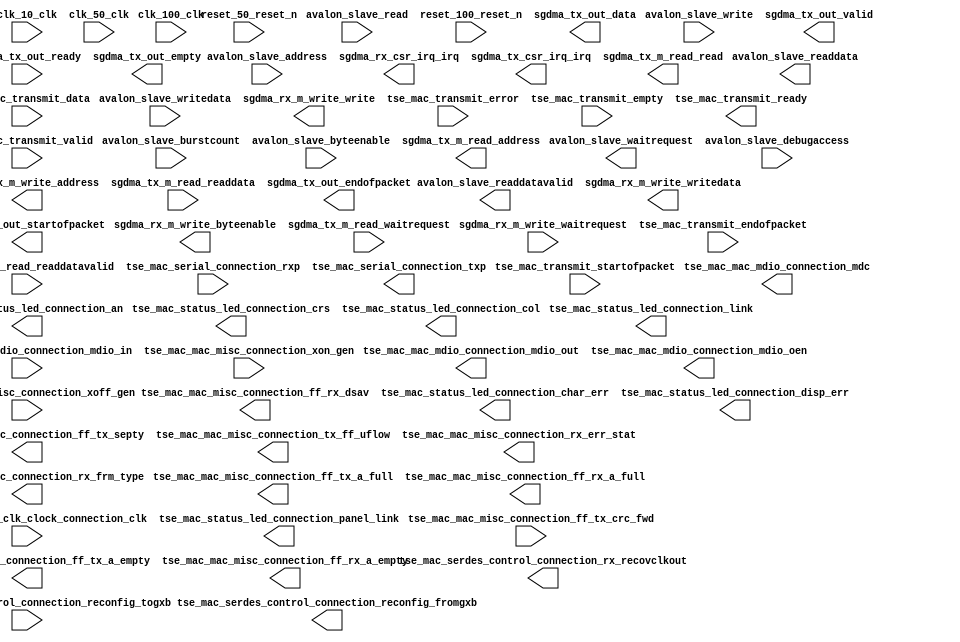

module tse_w_sgdma_simple_2_intercon_reduced_fifos (
	avalon_slave_waitrequest,
	avalon_slave_readdata,
	avalon_slave_readdatavalid,
	avalon_slave_burstcount,
	avalon_slave_writedata,
	avalon_slave_address,
	avalon_slave_write,
	avalon_slave_read,
	avalon_slave_byteenable,
	avalon_slave_debugaccess,
	clk_10_clk,
	clk_100_clk,
	clk_50_clk,
	reset_100_reset_n,
	reset_50_reset_n,
	sgdma_rx_csr_irq_irq,
	sgdma_rx_m_write_waitrequest,
	sgdma_rx_m_write_address,
	sgdma_rx_m_write_write,
	sgdma_rx_m_write_writedata,
	sgdma_rx_m_write_byteenable,
	sgdma_tx_csr_irq_irq,
	sgdma_tx_m_read_readdata,
	sgdma_tx_m_read_readdatavalid,
	sgdma_tx_m_read_waitrequest,
	sgdma_tx_m_read_address,
	sgdma_tx_m_read_read,
	sgdma_tx_out_data,
	sgdma_tx_out_valid,
	sgdma_tx_out_ready,
	sgdma_tx_out_endofpacket,
	sgdma_tx_out_startofpacket,
	sgdma_tx_out_empty,
	tse_mac_mac_mdio_connection_mdc,
	tse_mac_mac_mdio_connection_mdio_in,
	tse_mac_mac_mdio_connection_mdio_out,
	tse_mac_mac_mdio_connection_mdio_oen,
	tse_mac_mac_misc_connection_xon_gen,
	tse_mac_mac_misc_connection_xoff_gen,
	tse_mac_mac_misc_connection_ff_tx_crc_fwd,
	tse_mac_mac_misc_connection_ff_tx_septy,
	tse_mac_mac_misc_connection_tx_ff_uflow,
	tse_mac_mac_misc_connection_ff_tx_a_full,
	tse_mac_mac_misc_connection_ff_tx_a_empty,
	tse_mac_mac_misc_connection_rx_err_stat,
	tse_mac_mac_misc_connection_rx_frm_type,
	tse_mac_mac_misc_connection_ff_rx_dsav,
	tse_mac_mac_misc_connection_ff_rx_a_full,
	tse_mac_mac_misc_connection_ff_rx_a_empty,
	tse_mac_pcs_ref_clk_clock_connection_clk,
	tse_mac_serdes_control_connection_rx_recovclkout,
	tse_mac_serdes_control_connection_reconfig_togxb,
	tse_mac_serdes_control_connection_reconfig_fromgxb,
	tse_mac_serial_connection_rxp,
	tse_mac_serial_connection_txp,
	tse_mac_status_led_connection_crs,
	tse_mac_status_led_connection_link,
	tse_mac_status_led_connection_panel_link,
	tse_mac_status_led_connection_col,
	tse_mac_status_led_connection_an,
	tse_mac_status_led_connection_char_err,
	tse_mac_status_led_connection_disp_err,
	tse_mac_transmit_data,
	tse_mac_transmit_endofpacket,
	tse_mac_transmit_error,
	tse_mac_transmit_empty,
	tse_mac_transmit_ready,
	tse_mac_transmit_startofpacket,
	tse_mac_transmit_valid);	

	output		avalon_slave_waitrequest;
	output	[31:0]	avalon_slave_readdata;
	output		avalon_slave_readdatavalid;
	input	[2:0]	avalon_slave_burstcount;
	input	[31:0]	avalon_slave_writedata;
	input	[12:0]	avalon_slave_address;
	input		avalon_slave_write;
	input		avalon_slave_read;
	input	[3:0]	avalon_slave_byteenable;
	input		avalon_slave_debugaccess;
	input		clk_10_clk;
	input		clk_100_clk;
	input		clk_50_clk;
	input		reset_100_reset_n;
	input		reset_50_reset_n;
	output		sgdma_rx_csr_irq_irq;
	input		sgdma_rx_m_write_waitrequest;
	output	[31:0]	sgdma_rx_m_write_address;
	output		sgdma_rx_m_write_write;
	output	[31:0]	sgdma_rx_m_write_writedata;
	output	[3:0]	sgdma_rx_m_write_byteenable;
	output		sgdma_tx_csr_irq_irq;
	input	[31:0]	sgdma_tx_m_read_readdata;
	input		sgdma_tx_m_read_readdatavalid;
	input		sgdma_tx_m_read_waitrequest;
	output	[31:0]	sgdma_tx_m_read_address;
	output		sgdma_tx_m_read_read;
	output	[31:0]	sgdma_tx_out_data;
	output		sgdma_tx_out_valid;
	input		sgdma_tx_out_ready;
	output		sgdma_tx_out_endofpacket;
	output		sgdma_tx_out_startofpacket;
	output	[1:0]	sgdma_tx_out_empty;
	output		tse_mac_mac_mdio_connection_mdc;
	input		tse_mac_mac_mdio_connection_mdio_in;
	output		tse_mac_mac_mdio_connection_mdio_out;
	output		tse_mac_mac_mdio_connection_mdio_oen;
	input		tse_mac_mac_misc_connection_xon_gen;
	input		tse_mac_mac_misc_connection_xoff_gen;
	input		tse_mac_mac_misc_connection_ff_tx_crc_fwd;
	output		tse_mac_mac_misc_connection_ff_tx_septy;
	output		tse_mac_mac_misc_connection_tx_ff_uflow;
	output		tse_mac_mac_misc_connection_ff_tx_a_full;
	output		tse_mac_mac_misc_connection_ff_tx_a_empty;
	output	[17:0]	tse_mac_mac_misc_connection_rx_err_stat;
	output	[3:0]	tse_mac_mac_misc_connection_rx_frm_type;
	output		tse_mac_mac_misc_connection_ff_rx_dsav;
	output		tse_mac_mac_misc_connection_ff_rx_a_full;
	output		tse_mac_mac_misc_connection_ff_rx_a_empty;
	input		tse_mac_pcs_ref_clk_clock_connection_clk;
	output		tse_mac_serdes_control_connection_rx_recovclkout;
	input	[139:0]	tse_mac_serdes_control_connection_reconfig_togxb;
	output	[91:0]	tse_mac_serdes_control_connection_reconfig_fromgxb;
	input		tse_mac_serial_connection_rxp;
	output		tse_mac_serial_connection_txp;
	output		tse_mac_status_led_connection_crs;
	output		tse_mac_status_led_connection_link;
	output		tse_mac_status_led_connection_panel_link;
	output		tse_mac_status_led_connection_col;
	output		tse_mac_status_led_connection_an;
	output		tse_mac_status_led_connection_char_err;
	output		tse_mac_status_led_connection_disp_err;
	input	[31:0]	tse_mac_transmit_data;
	input		tse_mac_transmit_endofpacket;
	input		tse_mac_transmit_error;
	input	[1:0]	tse_mac_transmit_empty;
	output		tse_mac_transmit_ready;
	input		tse_mac_transmit_startofpacket;
	input		tse_mac_transmit_valid;
endmodule